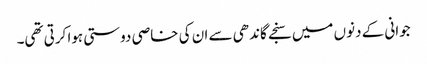
جوانی کے دنوں میں سنجے گاندھی سے ان کی خاصی دوستی ہوا کرتی تھی۔